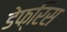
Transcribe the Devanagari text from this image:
डेफ्रिस